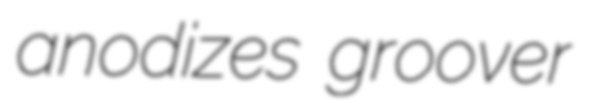
anodizes groover